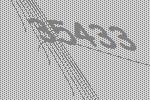
35433